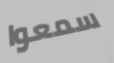
سمعوا